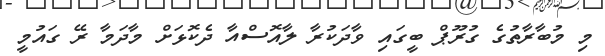
މި މުބާރާތުގެ ގުރޫޕް ބީގައި ވާދަކުރާ ލާއޮސްއާ ދެކޮޅަށް މާދަމާ ރޭ ގައުމީ